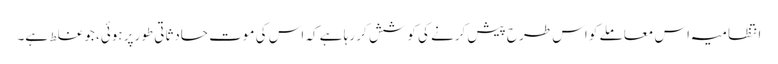
انتظامیہ اس معاملے کو اس طرح پیش کرنے کی کوشش کر رہا ہے کہ اس کی موت حادثاتی طورپر ہوئی، جو غلط ہے۔